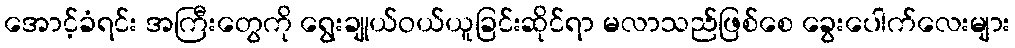
အောင့်ခံရင်း အကြီးတွေကို ရွေးချုယ်ဝယ်ယူခြင်းဆိုင်ရာ မလာသည်ဖြစ်စေ ခွေးပေါက်လေးများ